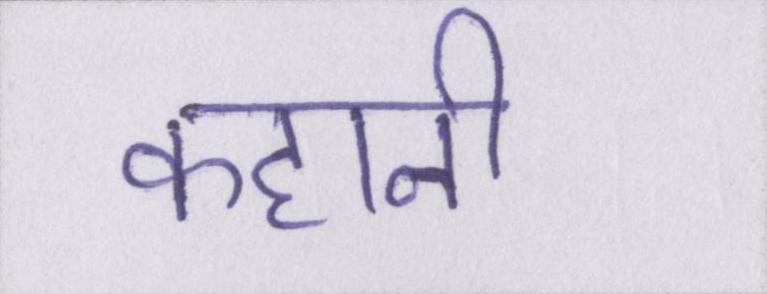
कहानी